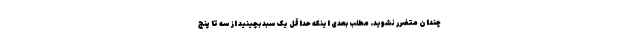
چندان متضرر نشوید. مطلب بعدی اینکه حداقل یک سبد بچینید از سه تا پنج